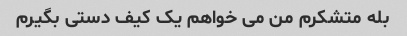
بله متشکرم من می خواهم یک کیف دستی بگیرم